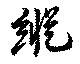
縦